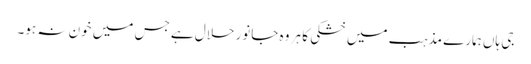
جی ہاں ہمارے مذہب میں خشکی کا ہر وہ جانور حلال ہے جس میں خون نہ ہو۔